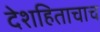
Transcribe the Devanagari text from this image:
देशहिताचाच